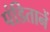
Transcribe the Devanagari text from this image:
पंडितानें